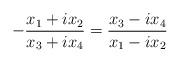
LaTeX: \begin{align*} - \frac{ x_1 + ix_2 }{ x_3 + ix_4 } = \frac{ x_3 - ix_4 }{ x_1 - ix_2 }\end{align*}